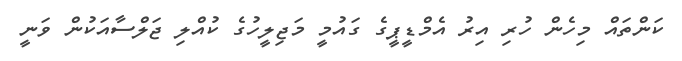
ކަންތައް މިހެން ހުރި އިރު އެމްޑީޕީގެ ގައުމީ މަޖިލީހުގެ ކުއްލި ޖަލްސާއަކުން ވަނީ